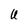
Character: U